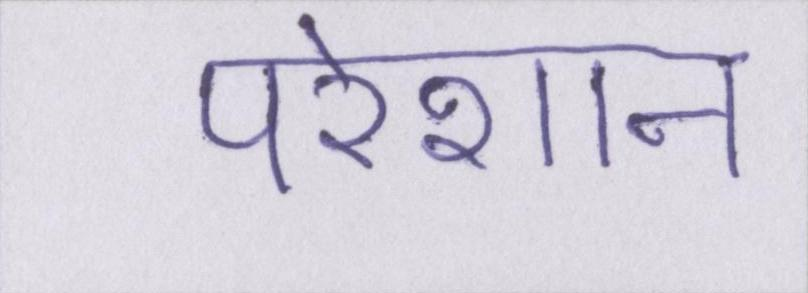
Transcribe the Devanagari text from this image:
परेशान